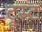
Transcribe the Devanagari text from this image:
ट्रूस्ट